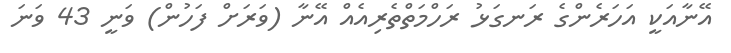
އޭނާއަކީ އަހަރެންގެ ރަނގަޅު ރަހްމަތްތެރިއެއް އޭނާ (ވަރަށް ފަހުން) ވަނީ 43 ވަނަ